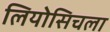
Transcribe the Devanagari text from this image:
लियोसिचला